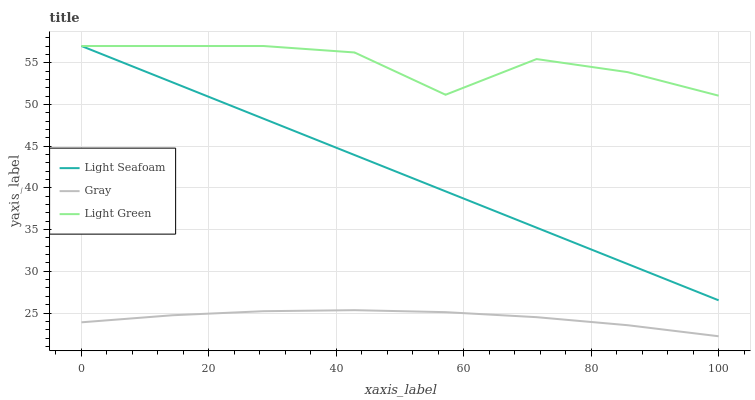
| xaxis_label | Light Seafoam | Gray | Light Green |
 | --- | --- | --- | --- |
 | 0 | 57 | 23.9 | 57 |
 | 14.3 | 52.6 | 24.7 | 57 |
 | 28.6 | 48.3 | 25.2 | 57 |
 | 42.9 | 43.9 | 25.3 | 56.2 |
 | 57.1 | 39.6 | 25.1 | 51.2 |
 | 71.4 | 35.2 | 24.5 | 55.4 |
 | 85.7 | 30.9 | 23.5 | 53.9 |
 | 100 | 26.5 | 22.2 | 51 |